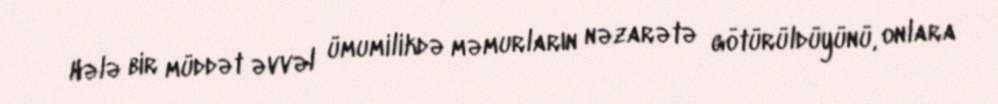
Hələ bir müddət əvvəl ümumilikdə məmurların nəzarətə götürüldüyünü, onlara